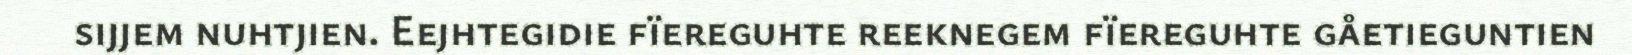
sijjem nuhtjien. Eejhtegidie fïereguhte reeknegem fïereguhte gåetieguntien